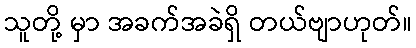
သူတို့ မှာ အခက်အခဲရှိ တယ်ဗျာဟုတ်။